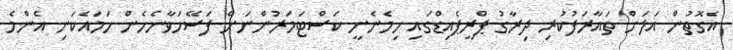
އެގޮތުން އަލަށް ތައާރަފުކުރި ދިރާގު ޕްރީޕެއިޑްގައި ހިމެނެނީ ކަސްޓަމަރުންނަށް ފަސޭހަވާނެހެން ހަމައެކަނި އެންމެ